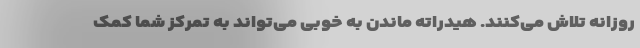
روزانه تلاش می‌کنند. هیدراته ماندن به خوبی می‌تواند به تمرکز شما کمک